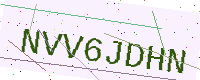
Text: NVV6JDHN